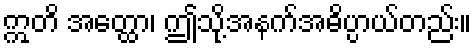
ဣတိ အတ္ထော၊ ဤသို့အနက်အဓိပ္ပာယ်တည်း။